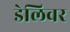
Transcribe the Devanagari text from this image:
डेलिवर